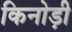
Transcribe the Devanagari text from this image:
किनोड़ी